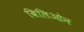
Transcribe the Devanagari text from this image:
बिलिओन